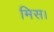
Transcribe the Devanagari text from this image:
मिस।